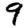
Digit: 9